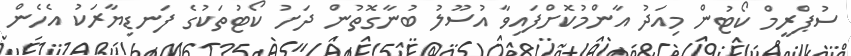
ސުޕްރީމް ކޯޓުން މިއަދު އާންމުކޮށްފައިވާ އުސޫލު ބުނާގޮތުން ދަށު ކޯޓުތަކުގެ ފަނޑިޔާރަކު އެހެން